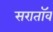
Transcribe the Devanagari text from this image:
सरातॉव